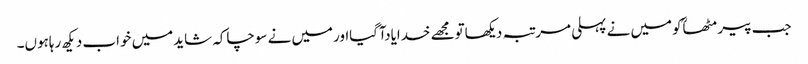
جب پیرمٹھاؒکومیں نے پہلی مرتبہ دیکھاتومجھے خدایادآگیااورمیں نے سوچاکہ شایدمیں خواب دیکھ رہاہوں۔